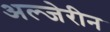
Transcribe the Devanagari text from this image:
अल्जेरीन